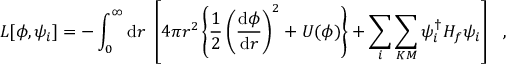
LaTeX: L [ \phi , \psi _ { i } ] = - \int _ { 0 } ^ { \infty } \mathrm { d } r ~ \left[ 4 \pi r ^ { 2 } \left\{ \frac { 1 } { 2 } \left( \frac { \mathrm { d } \phi } { \mathrm { d } r } \right) ^ { 2 } + U ( \phi ) \right\} + \sum _ { i } \sum _ { K M } \psi _ { i } ^ { \dagger } H _ { f } \psi _ { i } \right] ~ ~ ,